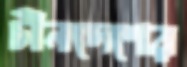
চীনদেশের